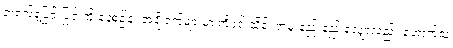
အရက်နံ့ပြင်းပြင်းကို နေ့စဉ်ရှူ၊ အချို့ရက်များမှာ ကိုဝင်းသိန်း အမူးနည်းနည်းလျှော့လည်း ဟောက်သံ